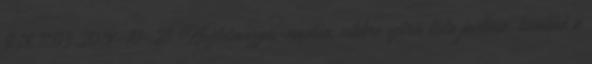
9.18.11.03 2018-10-26 Készletmozgás-naplón, cikkre szűrés lista javítása, továbbá a